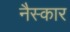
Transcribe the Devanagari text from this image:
नैस्कार